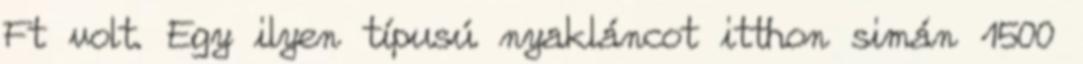
Ft volt. Egy ilyen típusú nyakláncot itthon simán 1500